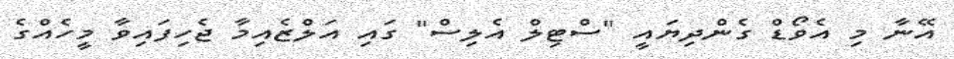
އޭނާ މި އެވޯޑް ގެންދިޔައީ "ސްޓިލް އެލިސް" ގައި އަލްޒެއިމާ ޖެހިފައިވާ މީހެއްގެ